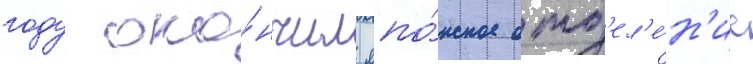
году око́нчил япо́нское отд'ел'е́н'ие